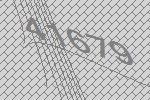
41679